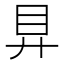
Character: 𥃲